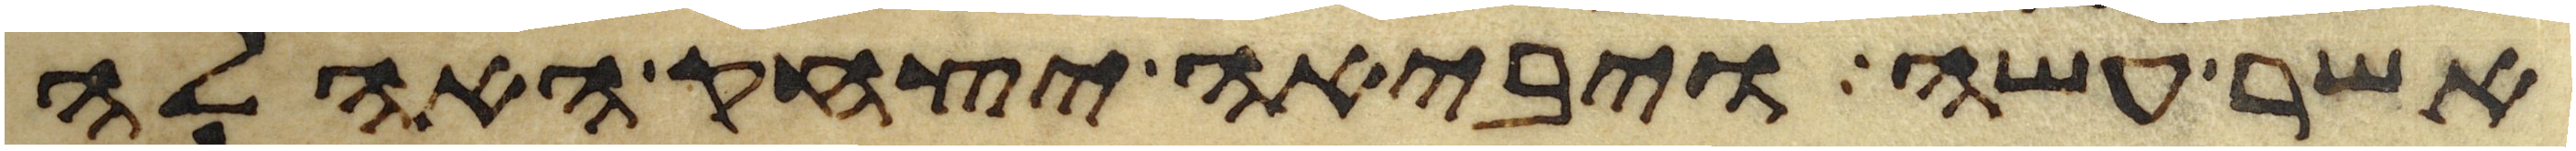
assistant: אשר עשה ויביאה יצחק האהלה